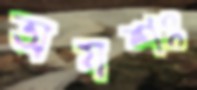
অযশঃ